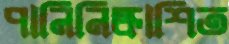
পানিনিষ্কাশিত